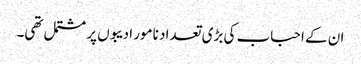
ان کے احباب کی بڑی تعداد نامور ادیبوں پر مشتمل تھی۔